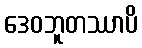
ဒေဝဘူတဿာပိ